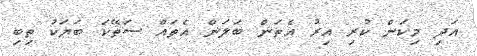
އަދި މިކަން ކުރި އިރު އެތަން ބަލަން އެތައް ސަތޭކަ ބަޔަކު ތިބި